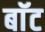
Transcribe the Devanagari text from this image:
बाॅट